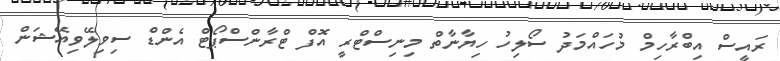
ރައީސް އިބްރާހިމް މުހައްމަދު ސޯލިހު ހިޔާނާތް މިނިސްޓްރީ އޮފް ޓްރާންސްޕޯޓް އެންޑް ސިވިލޭވިއޭޝަން